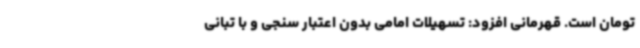
تومان است. قهرمانی افزود: تسهیلات امامی بدون اعتبار سنجی و با تبانی